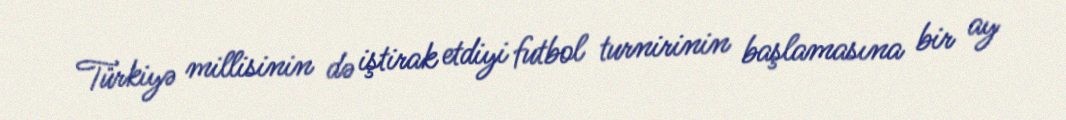
Türkiyə millisinin də iştirak etdiyi futbol turnirinin başlamasına bir ay